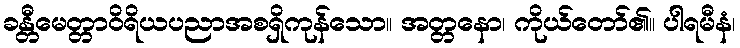
ခန္တီမေတ္တာဝိရိယပညာအစရှိကုန်သော။ အတ္တနော၊ ကိုယ်တော်၏။ ပါရမီနံ၊